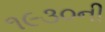
૧૯૩૦ની